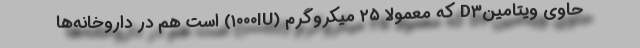
حاوی ویتامینD۳ که معمولا ۲۵ میکروگرم (۱۰۰۰IU) است هم در داروخانه‌ها